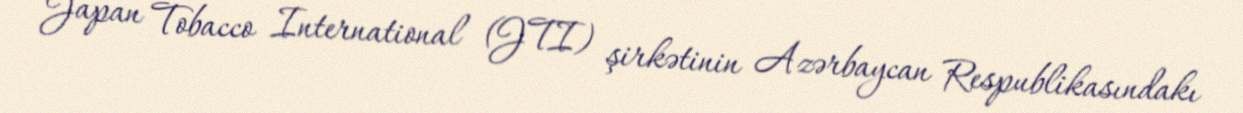
Japan Tobacco International (JTI) şirkətinin Azərbaycan Respublikasındakı